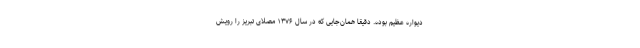
دیواره عظیم بوده. دقیقا همان‌جایی که در سال ۱۳۷۶ مصلای تبریز را رویش